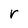
Character: r